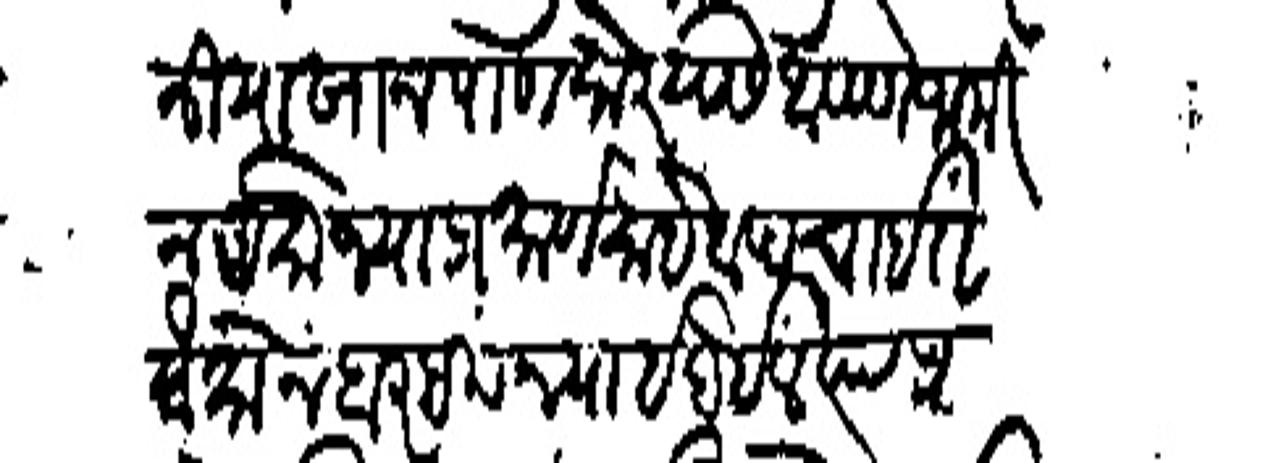
Transliteration (Devanagari): निन्यारखान पाणसरे यास आपण जामीन असो ज्याप्रमाणे साहेब पंचाईत बैसोन वर लि न्याये होईल त्या प्रमाणे